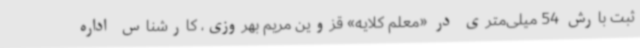
ثبت بارش 54 میلی‌متری در «معلم کلایه» قزوین مریم بهروزی، کارشناس اداره